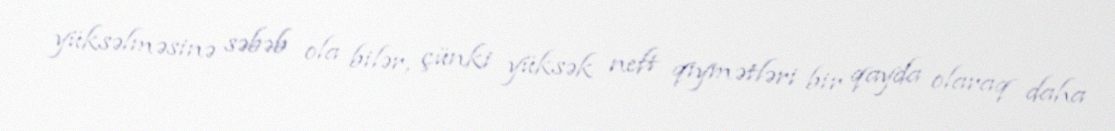
yüksəlməsinə səbəb ola bilər, çünki yüksək neft qiymətləri bir qayda olaraq daha